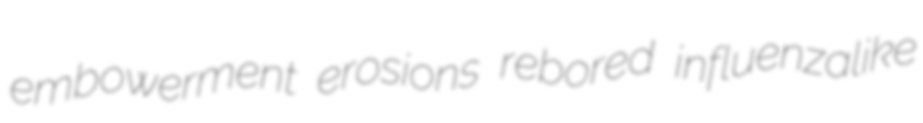
embowerment erosions rebored influenzalike